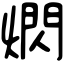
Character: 熌